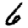
Digit: 6